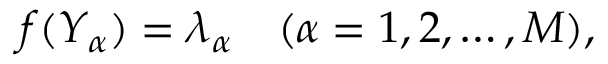
\begin{array} { r } { f ( Y _ { \alpha } ) = \lambda _ { \alpha } \quad ( \alpha = 1 , 2 , \dots , M ) , } \end{array}